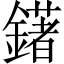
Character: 鐯